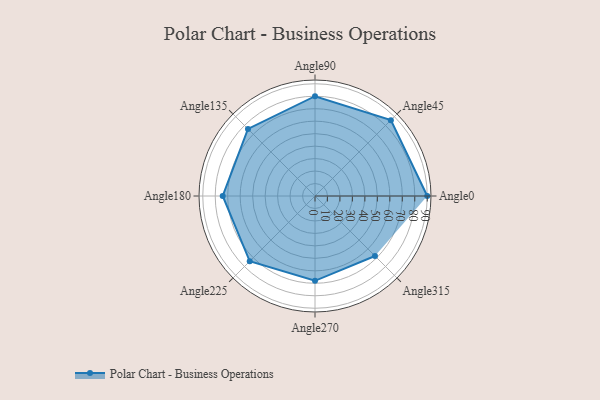
{"axis": {"x": "Angle", "y": "Radius"}, "legend": [""], "data": [{"x": "Angle0", "y": 90.0, "type": ""}, {"x": "Angle45", "y": 86.0, "type": ""}, {"x": "Angle90", "y": 80.0, "type": ""}, {"x": "Angle135", "y": 76.0, "type": ""}, {"x": "Angle180", "y": 74.0, "type": ""}, {"x": "Angle225", "y": 74.0, "type": ""}, {"x": "Angle270", "y": 68.0, "type": ""}, {"x": "Angle315", "y": 68.0, "type": ""}]}